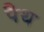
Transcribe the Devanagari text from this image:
पैथ